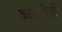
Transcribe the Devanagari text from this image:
कासटीलो